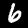
Label: 6